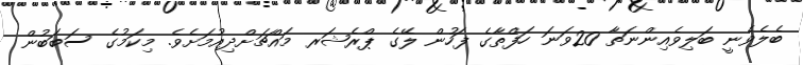
ބެލެވެނީ ބަލިވެއިންނަތާ 20ވަނަ ހަފްތާގެ ފަހުން ލޭގެ ޕްރެޝަރ މައްޗަށްދިއުމަށެވެ. މިކަމުގެ ސަބަބުން